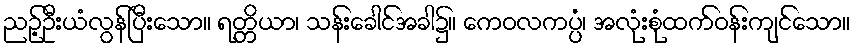
ညဉ့်ဦးယံလွန်ပြီးသော။ ရတ္တိယာ၊ သန်းခေါင်အခါ၌။ ကေဝလကပ္ပံ၊ အလုံးစုံထက်ဝန်းကျင်သော။